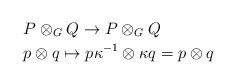
\begin{align*}&P\otimes_{G}Q \rightarrow P\otimes_{G}Q \\&p\otimes q \mapsto p\kappa^{-1}\otimes \kappa q = p\otimes q\end{align*}